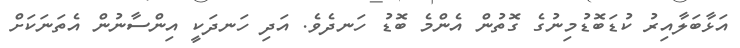
އަޅާބަލާއިރު ކުޑަބޮޑުމިނުގެ ގޮތުން އެންމެ ބޮޑު ހަނދެވެ. އަދި ހަނދަކީ އިންސާނުން އެތަނަކަށް